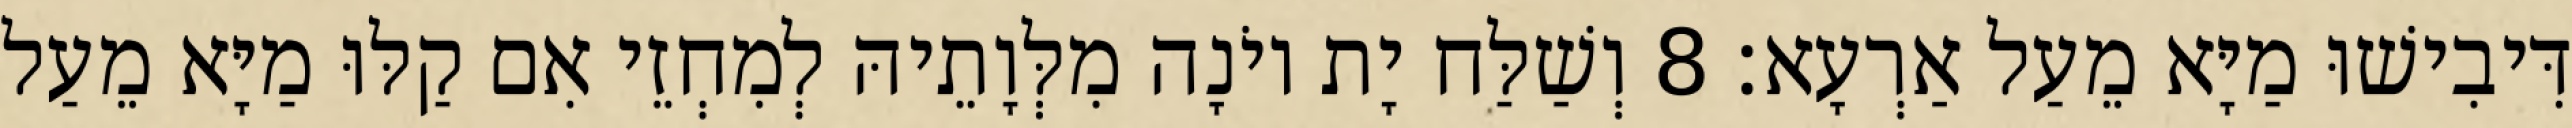
דִּיבִישׁוּ מַיָּא מֵעַל אַרְעָא׃ 8 וְשַׁלַּח יָת יוֹנָה מִלְּוָתֵיהּ לְמִחְזֵי אִם קַלּוּ מַיָּא מֵעַל